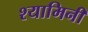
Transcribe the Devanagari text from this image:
श्यामिनी